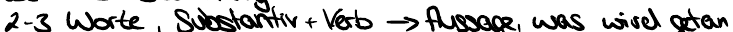
2-3 Worte, Substantiv + Verb -> Aussage, was wird getan